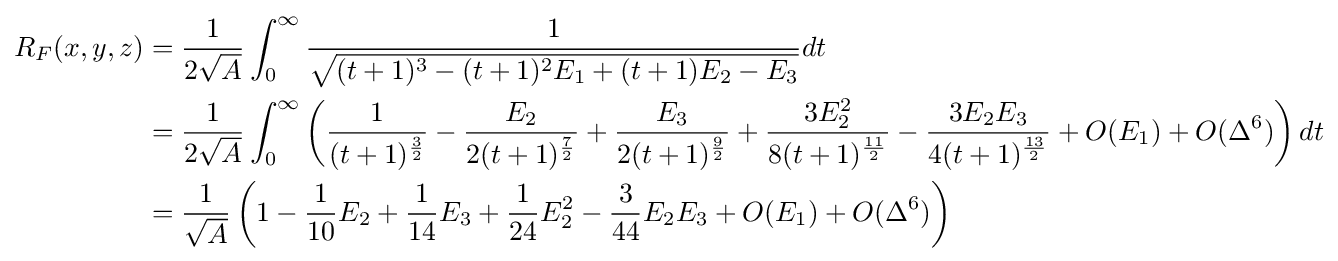
{\begin{aligned}R_{F}(x,y,z)&={\frac {1}{2{\sqrt {A}}}}\int _{0}^{\infty }{\frac {1}{\sqrt {(t+1)^{3}-(t+1)^{2}E_{1}+(t+1)E_{2}-E_{3}}}}dt\\&={\frac {1}{2{\sqrt {A}}}}\int _{0}^{\infty }\left({\frac {1}{(t+1)^{\frac {3}{2}}}}-{\frac {E_{2}}{2(t+1)^{\frac {7}{2}}}}+{\frac {E_{3}}{2(t+1)^{\frac {9}{2}}}}+{\frac {3E_{2}^{2}}{8(t+1)^{\frac {11}{2}}}}-{\frac {3E_{2}E_{3}}{4(t+1)^{\frac {13}{2}}}}+O(E_{1})+O(\Delta ^{6})\right)dt\\&={\frac {1}{\sqrt {A}}}\left(1-{\frac {1}{10}}E_{2}+{\frac {1}{14}}E_{3}+{\frac {1}{24}}E_{2}^{2}-{\frac {3}{44}}E_{2}E_{3}+O(E_{1})+O(\Delta ^{6})\right)\end{aligned}}